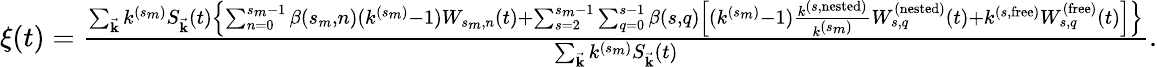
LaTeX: \begin{array}{r}{\xi(t)=\frac{\sum_{\vec{\mathbf{k}}}k^{(s_{m})}S_{\vec{\mathbf{k}}}(t)\left\{ \sum_{n=0}^{s_{m}-1}\beta(s_{m},n)(k^{(s_{m})}-1)W_{s_{m},n}(t)+\sum_{s=2}^{s_{m}-1}\sum_{q=0}^{s-1}\beta(s,q)\left[(k^{(s_{m})}-1)\frac{k^{(s,\mathrm{nested})}}{k^{(s_{m})}}W_{s,q}^{(\mathrm{nested})}(t)+k^{(s,\mathrm{free})}W_{s,q}^{(\mathrm{free})}(t)\right]\right\} }{\sum_{\vec{\mathbf{k}}}k^{(s_{m})}S_{\vec{\mathbf{k}}}(t)}.}\end{array}